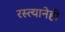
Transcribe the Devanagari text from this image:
रस्त्यानेही